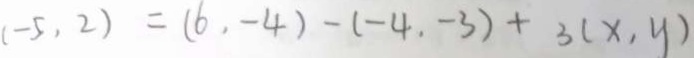
( - 5 , 2 ) = ( 6 , - 4 ) - ( - 4 , - 3 ) + 3 ( x , y )